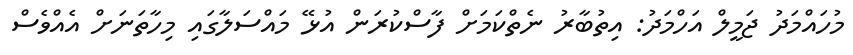
މުހައްމަދު ޖަމީލް އަހްމަދު: އިތުބާރު ނެތްކަމަށް ފާސްކުރަން އުޅޭ މައްސަލާގައި މިހާތަނަށް އެއްވެސް